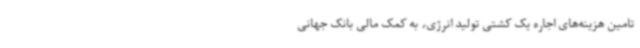
تامین هزینه‌های اجاره یک کشتی تولید انرژی، به کمک مالی بانک جهانی